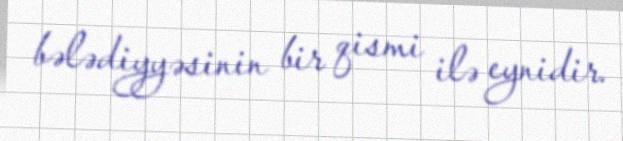
bələdiyyəsinin bir qismi ilə eynidir.